Annual administration report of the Civil Veterinary Department of India - 1895-1896
Year: 1895
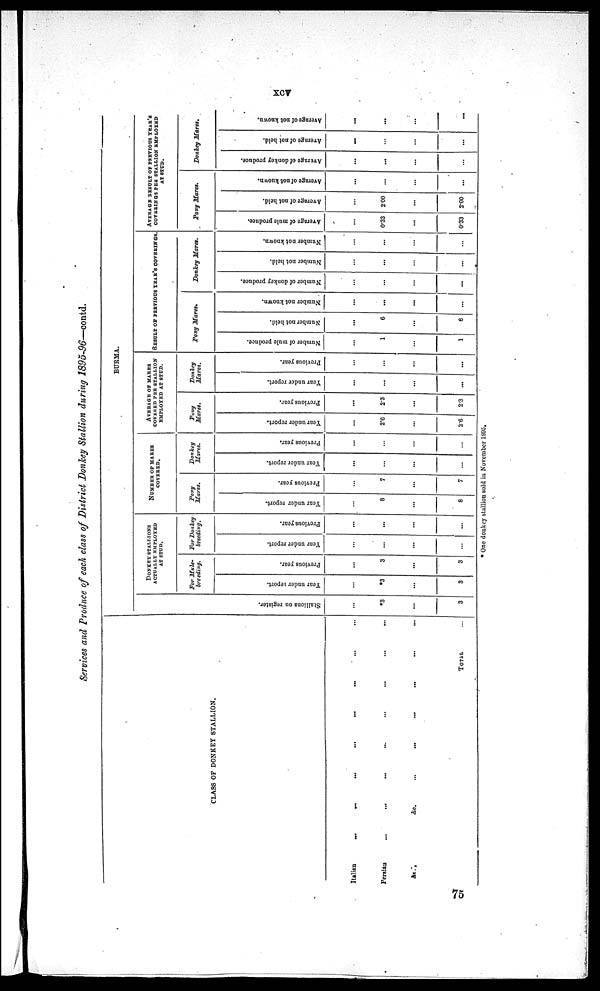
xcv
Services and Produce of each class of District Donkey Stallion during 1895-96—contd.
CLASS OF DONKEY STALLION.
Italian ... ... ... ... ... ... ... ...
Persian ... ... ... ... ... ... ... ...
&e., &e. ... ... ... ... ... ... ... ...
TOTAL ...
BURMA.
St al l
i
ons on register.
...
*3
...
3
DONKEY STALLIONS
ACTUALLY EMPLOYED
AT STUD.
For Mule-
breeding.
Year under report.
...
*3
...
3
Previous year.
...
3
...
3
For Donkey-
breeding.
Year under report.
...
...
...
...
Previous year.
...
...
...
...
NUMBER OF MARES
COVERED.
Pony
Mares.
Year under report.
...
8
...
8
Previous year.
...
7
...
7
Donkey
Harts.
Year under report.
...
...
...
...
Previous year.
...
...
...
...
AVERAGE OF MARES
COVERED PER STALLION
EMPLOYED AT STUD.
Pony
Mares.
Year under report.
...
2.6
...
2.6
Previous year.
...
2.3
...
2.3
Donkey
Marcs.
Year under report.
...
...
...
...
Previous year.
...
...
...
...
RESULT OF PREVIOUS YEAR'S COVERINGS.
Pony Mares.
Number of mule produce.
...
1
...
1
Number not held.
...
6
...
6
Number not known.
...
...
...
...
Donkey
Mares.
Number of donkey produce.
...
...
...
Number not held.
...
...
...
...
Number not known.
...
...
...
...
AVERAGE RESULT OF PREVIOUS YEAR'S
COVERINGS PER STALLION EMPLOYED
AT STUD.
Pony Mares.
Average of mule produce.
...
0.33
...
0.33
Average of not held.
...
2.00
...
2.00
Average of not known.
...
...
...
...
Donkey
Mares.
Average of donkey produce.
...
...
...
...
Average of not held.
...
...
...
...
Average of not known.
...
...
...
...
* One donkey stallion sold in November 1S95.
75